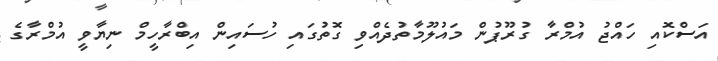
އަސްކޮއި ހައްޖު އުމްރާ ގުރޫޕުން މައުލޫމާތުދެއްވި ގޮތުގައި ހުސައިން އިބްރާހީމް ނިޔާވީ އުމްރާގެ